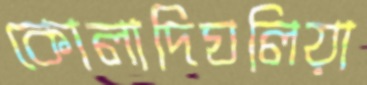
কোলাদিঘলিয়া